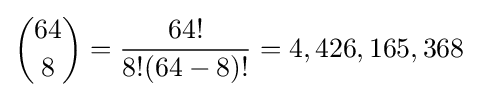
{64 \choose 8}={\frac {64!}{8!(64-8)!}}=4,426,165,368